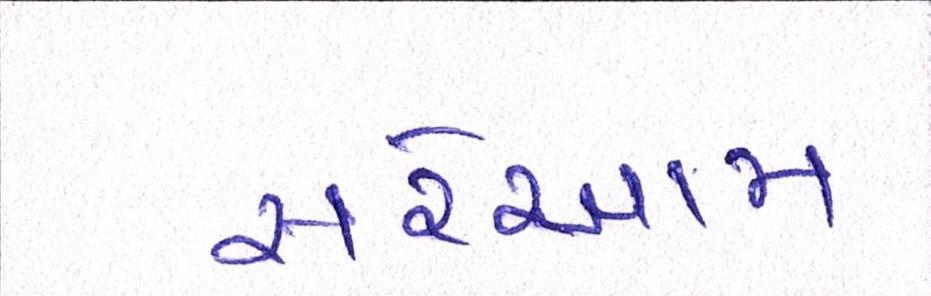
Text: સરેઆમ